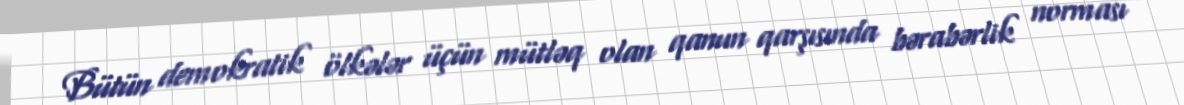
Bütün demokratik ölkələr üçün mütləq olan qanun qarşısında bərabərlik norması